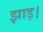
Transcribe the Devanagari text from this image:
झाड़।